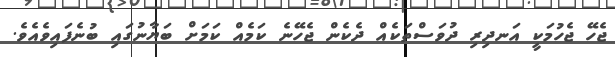
ޖެހޭ ޖެހުމަކީ އަނދިރި ދުވަސްތަކެއް ދެކެން ޖެހޭނެ ކަމެއް ކަމަށް ބަޔާނުގައި ބުނެފައިވެއެވެ.